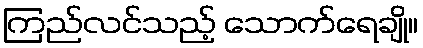
ကြည်လင်သည့် သောက်ရေချို။